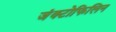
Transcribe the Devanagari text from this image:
जंक्टोफिलिन